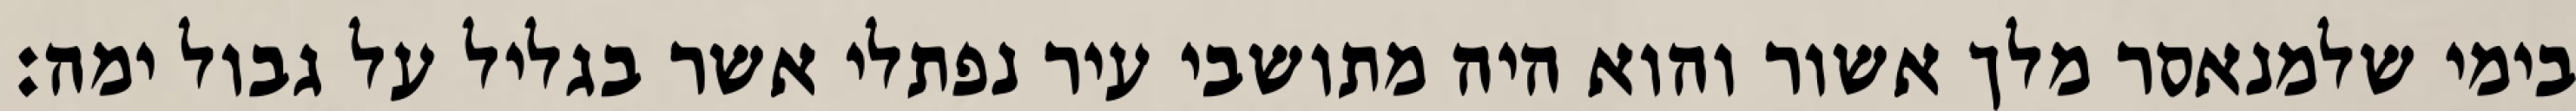
בימי שלמנאסר מלך אשור והוא היה מתושבי עיר נפתלי אשר בגליל על גבול ימה: